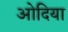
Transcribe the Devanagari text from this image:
ओदिया